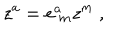
LaTeX: z ^ { a } = e _ { \ m } ^ { a } z ^ { m } \ ,